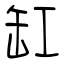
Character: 缸